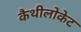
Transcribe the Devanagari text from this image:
कैथीलोकेट